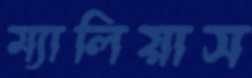
ম্যালিয়াস